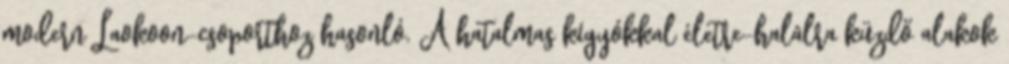
modern Laokoon-csoporthoz hasonló. A hatalmas kígyókkal életre-halálra küzdő alakok